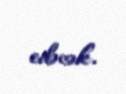
edəcək.